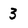
Character: 3